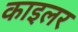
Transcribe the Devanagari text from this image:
काइलर